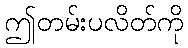
ဤတမ်းပလိတ်ကို